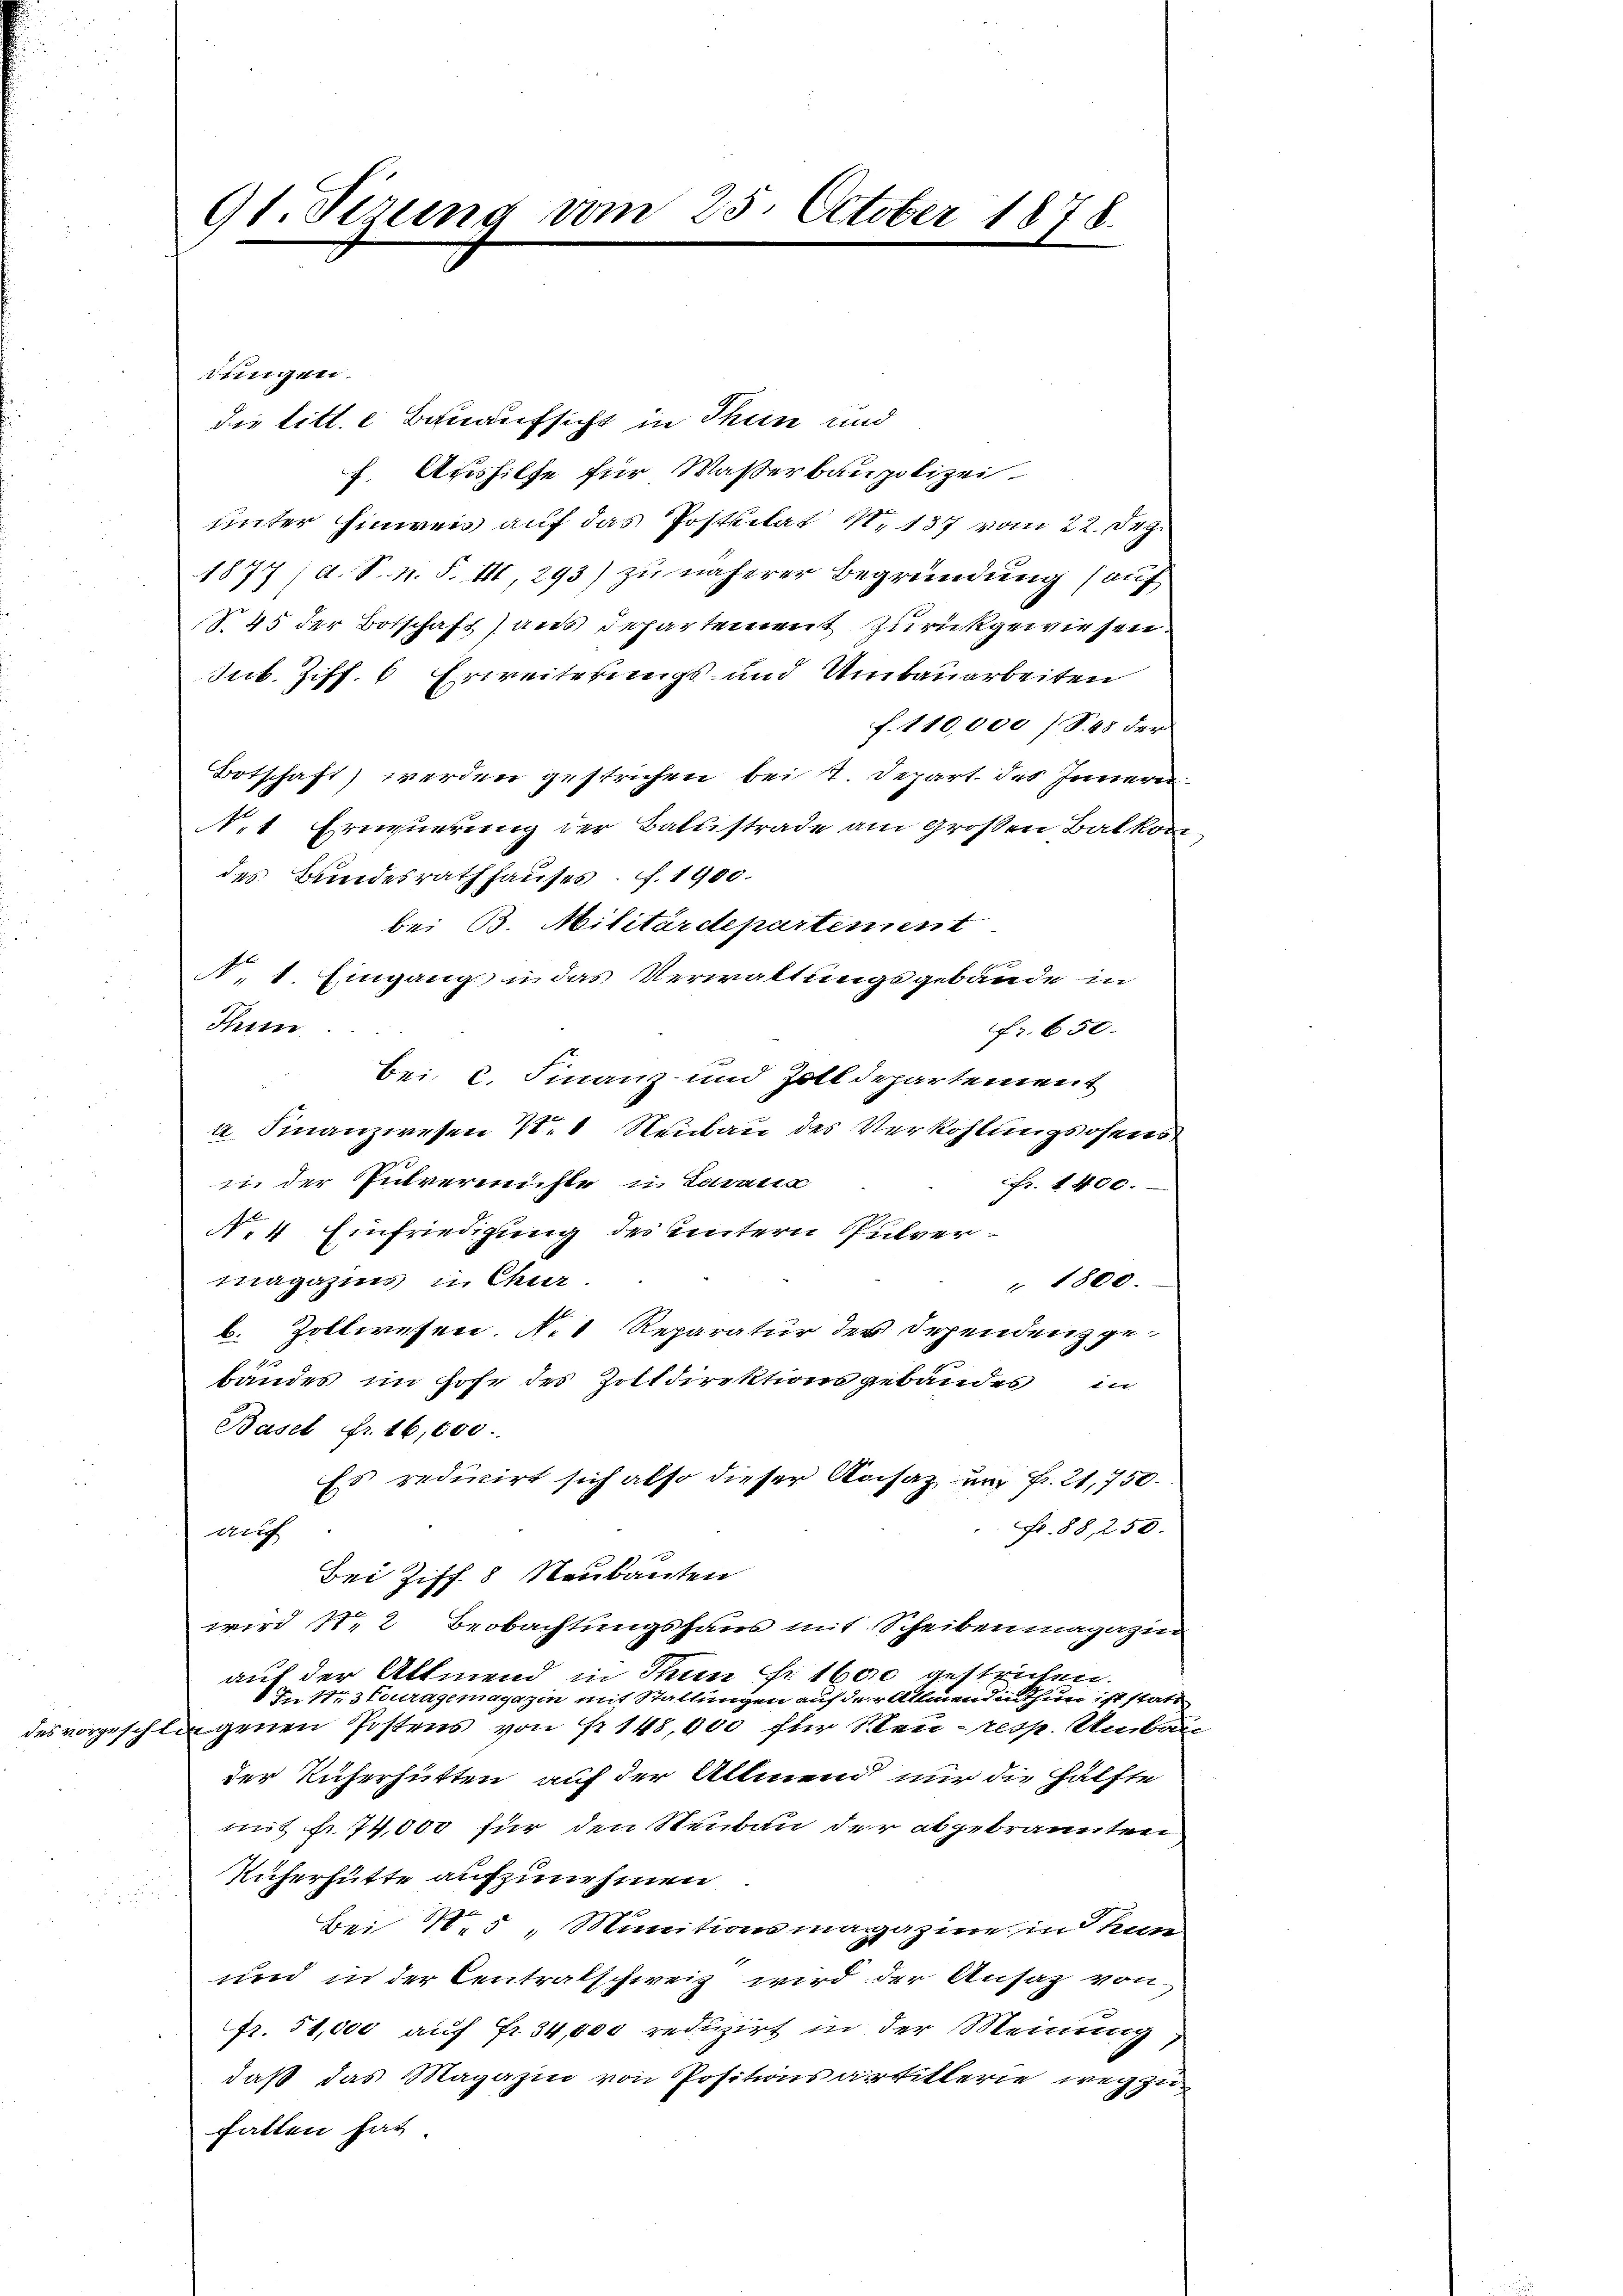
91. Sizung vom 25. October 1878.
.

die litt. e Bauaufsicht in Thun und
f. Aushilfe für Wasserbaupolizei
unter hinweis auf das Posttilat N. 137 vom 22. Dez.
1877 /d. S. n. F. III, 293) zu näherer Begründung (auf
S.45 der Botschaft) aus Departement zurückgewiesen.
Jub. Ziff. 6 Erweiterungs- und Umbauarbeiten
f. 110,000 (S. 48 der
Botschaft) werden gestrichen bei 1. Depart des Innern
.1 Erneuerung der Ballistrade am Großen Balkon
des Bundesrath hauses. f. 1900.
bei B. Militärdepartement
A. 1. Eingang, u. das Verwaltungsgebäude in
Thun
fr. 650.
bei C. Finanz- und Zolldepartement
a Finanzwesen N. Neubau des Verkohlungsofens
in der Pulverwichte u. Lavatis
Fr. 1400.
No 4 Einfriedigung des untern Pulvermagazins in Chur
" 1800.
b. Zollwesen. N. 1 Reparatur der Sehendenz ge-
bandes im Hohe des Zolldirektionsgebäudes in
Basel fr. 16,000.
Es reducirt sich also dieser Ansaz- und Fr. 21,750.
Fr. 88, 250.
war
Bei Ziff. 8 Neubauten
wird Nr. 2 Beobachtungshaus mit Scheiben magazin
auf der Altmend in Thun fr. 1600 gestrichen.
1 In Nr. 3 Fouragemagazin mit Stattungen auf der Allmenden Thun ist statt
des vorgeschlagenen Postens von Nr. 148,000 für Steu-resp. Umbar
der Ruherhütten auf der Allmend nur die Hälfte
mit fr. 74,000 für den Neubau der abgebrannten
Rüherhütte aufzunehmen
Bei 15 " Munitionsmagazine in kun
und in der Centralschweiz wird der Ansag von
fr. 51,000 auf Fr. 34,000 reduzirt in der Meinung
daß das Magazin von Positionsartitlerie wegzuhatten hat

dungen.

.

e